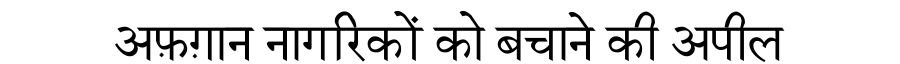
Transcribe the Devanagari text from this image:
अफ़ग़ान नागरिकों को बचाने की अपील